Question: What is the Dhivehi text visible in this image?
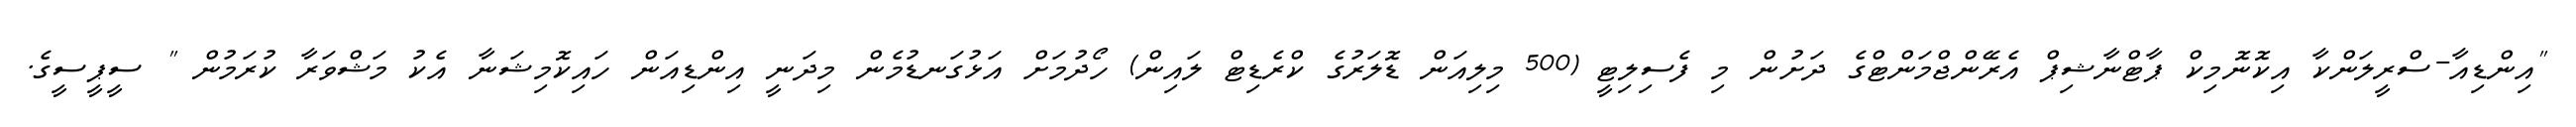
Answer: "އިންޑިއާ-ސްރީލަންކާ އިކޮނޮމިކް ޕާޓްނާޝިޕް އެރޭންޖްމަންޓްގެ ދަށުން މި ފެސިލިޓީ (500 މިލިއަން ޑޮލަރުގެ ކްރެޑިޓް ލައިން) ހޯދުމަށް އަޅުގަނޑުމެން މިދަނީ އިންޑިއަން ހައިކޮމިޝަނާ އެކު މަޝްވަރާ ކުރަމުން " ސީޕީސީގެ.